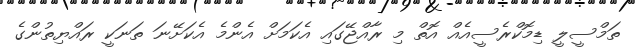
ތަމްސީލީ ޑިމޮކްރެސީއެއް އޮތް މި ރާއްޖޭގައި އެކަމަށް އެންމެ އެކަށޭނަ ތަނަކީ ރައްޔިތުންގެ